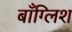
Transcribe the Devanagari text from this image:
बाँग्लिश